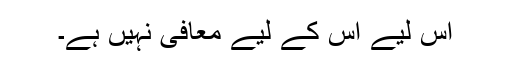
اس لیے اس کے لیے معافی نہیں ہے۔